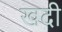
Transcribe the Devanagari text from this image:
खदी